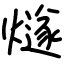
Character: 燧